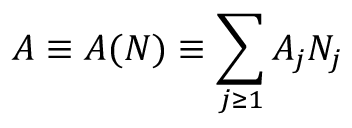
A \equiv A ( N ) \equiv \sum _ { j \geq 1 } A _ { j } N _ { j }